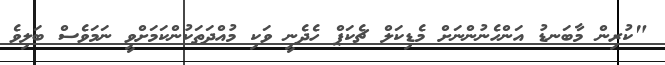
"ކުރިން މާބަނޑު އަންހެނުންނަށް މެޑިކަލް ޗެކަޕް ހެދެނީ ވަކި މުއްދަތަކުންކަމަށްވީ ނަމަވެސް ބަލިވެ